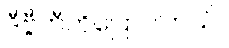
ဒီဗွီဘီကိုပြောပါတယ်။